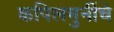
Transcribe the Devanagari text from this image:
कपिलमुनींचे